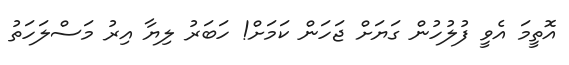
އޮތީމަ އެވީ ފުލުހުން ގަޔަށް ޖަހަން ކަމަށް! ހަބަރު ލިޔާ އިރު މަސްލަހަތު